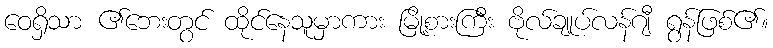
ဝေရှိသာ ၏ဘေးတွင် ထိုင်နေသူမှာကား မြို့စားကြီး ဗိုလ်ချုပ်လန်ဂျီ ရွန်ဖြစ်၏။